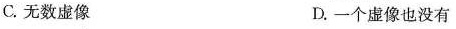
C.无数虚像 D.一个虚像也没有题